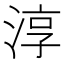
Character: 淳